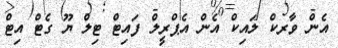
އެން ވާރކް ލައިކް އެން އެޕްރީލް ފައިޓް ޓިލް ޔޫ ގެޓް އިޓް